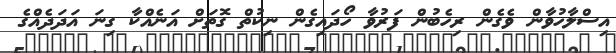
އިސްލާހުވާން ވެގެން ރިހެބުން ފަރުވާ ހޯދައިގެން ނިކުތް ގޮތަށް އަނެއްކާ ގިނަ އަދަދެއްގެ